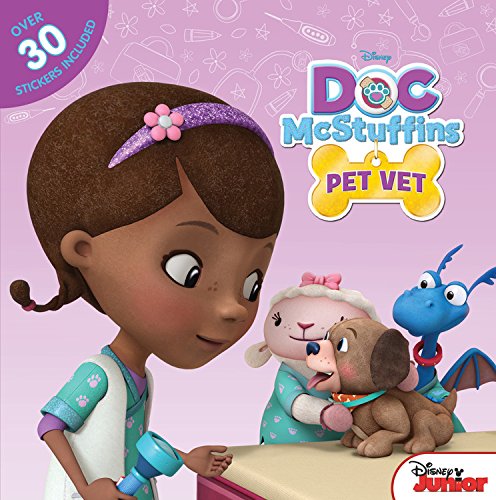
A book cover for Doc McStuffins Pet Vet; Disney Book Group; Children's Books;